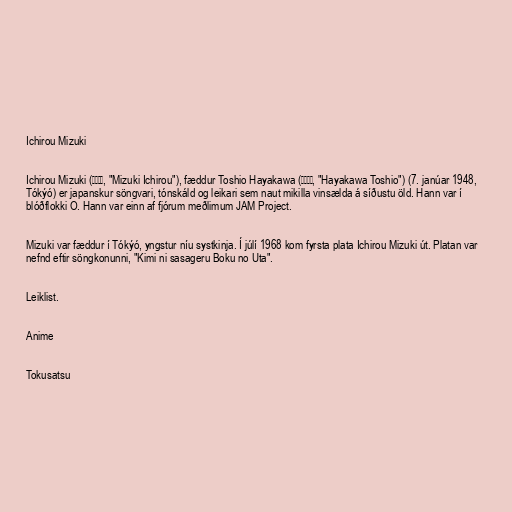
Ichirou Mizuki

Ichirou Mizuki (水木一郎, "Mizuki Ichirou"), fæddur Toshio Hayakawa (早川俊夫, "Hayakawa Toshio") (7. janúar 1948,
Tókýó) er japanskur söngvari, tónskáld og leikari sem naut mikilla vinsælda á síðustu öld. Hann var í
blóðflokki O. Hann var einn af fjórum meðlimum JAM Project.

Mizuki var fæddur í Tókýó, yngstur níu systkinja. Í júlí 1968 kom fyrsta plata Ichirou Mizuki út. Platan var
nefnd eftir söngkonunni, "Kimi ni sasageru Boku no Uta".

Leiklist.

Anime

Tokusatsu